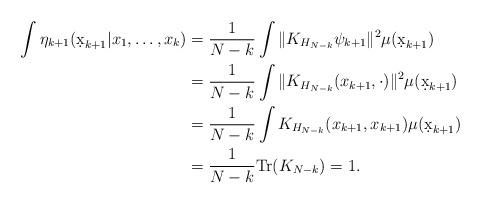
LaTeX: \begin{align*} \int \eta_{k+1}(\d x_{k+1}| x_1,\ldots, x_{k})&=\frac1{N-k}\int \|K_{H_{N-k}}\psi_{k+1}\|^2\mu(\d x_{k+1})\\& =\frac1{N-k}\int \|K_{H_{N-k}}(x_{k+1},\cdot)\|^2\mu(\d x_{k+1})\\&=\frac1{N-k}\int K_{H_{N-k}}(x_{k+1},x_{k+1})\mu(\d x_{k+1})\\&=\frac1{N-k}\mathrm{Tr}(K_{N-k})=1.\end{align*}